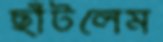
ছাঁটলেম